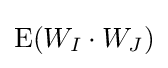
\mathrm {E} (W_{I}\cdot W_{J})